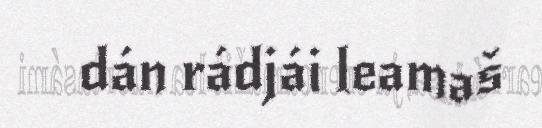
dán rádjái leamaš